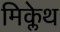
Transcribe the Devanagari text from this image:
मिक्लेथ